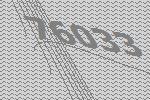
76033